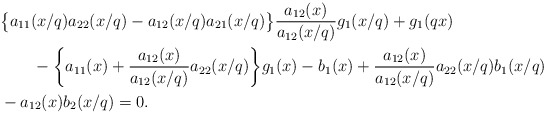
\begin{align*} & \big\{ a_{11}(x/q)a_{22}(x/q) - a_{12}(x/q)a_{21}(x/q)\big\} \frac{a_{12}(x)}{a_{12}(x/q)} g_1(x/q) + g_1(qx) \\ & \qquad{} -\bigg\{ a_{11}(x)+\frac{a_{12}(x)}{a_{12}(x/q)}a_{22}(x/q)\bigg\} g_1(x) - b_1 (x) + \frac{a_{12}(x)}{a_{12}(x/q)} a_{22}(x/q) b_1 (x/q) \\ & {} - a_{12}(x) b_2 (x/q) = 0 .\end{align*}